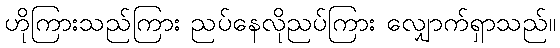
ဟိုကြားသည်ကြား ညပ်နေလိုညပ်ကြား လျှောက်ရှာသည်။